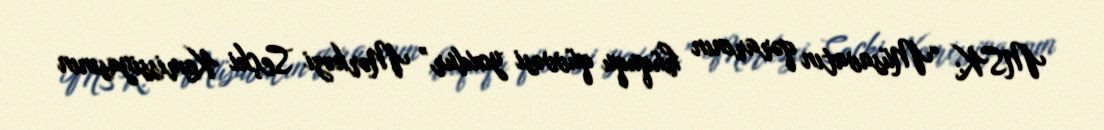
MSK: “Müsavatın qərarının hüququ qüvvəsi yoxdur” Mərkəzi Seçki Komissiyasının